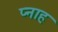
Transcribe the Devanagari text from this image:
प्नाह